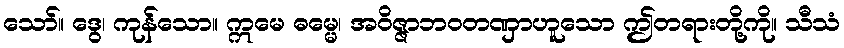
သော်။ ဒွေ၊ ကုန်သော။ ဣမေ ဓမ္မေ၊ အဝိဇ္ဇာဘဝတဏှာဟူသော ဤတရားတို့ကို။ သီသံ